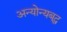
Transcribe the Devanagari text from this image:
अन्योन्यबद्ध